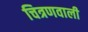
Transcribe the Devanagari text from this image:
चित्रणवाली